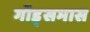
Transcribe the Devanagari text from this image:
गॉड्समास